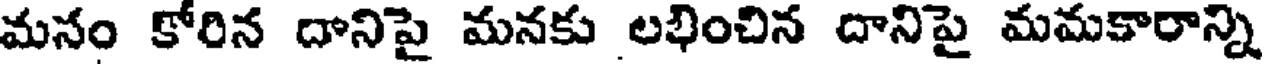
మనం కోరిన దానిపై మనకు లభించిన దానిపై మమకారాన్ని